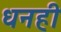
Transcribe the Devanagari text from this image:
धनही